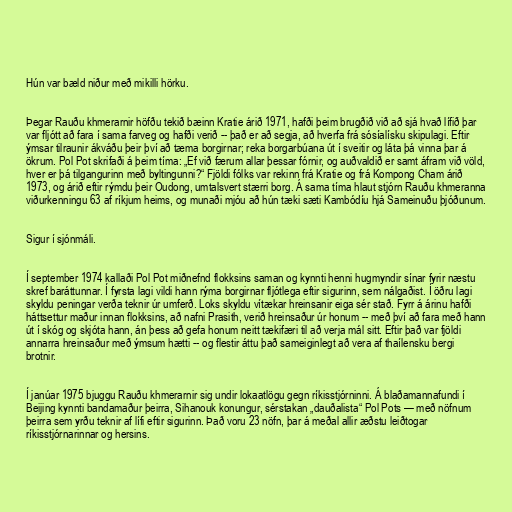
Hún var bæld niður með mikilli hörku.

Þegar Rauðu khmerarnir höfðu tekið bæinn Kratie árið 1971, hafði þeim brugðið við að sjá hvað lífið þar
var fljótt að fara í sama farveg og hafði verið -- það er að segja, að hverfa frá sósíalísku skipulagi. Eftir
ýmsar tilraunir ákváðu þeir því að tæma borgirnar; reka borgarbúana út í sveitir og láta þá vinna þar á
ökrum. Pol Pot skrifaði á þeim tíma: „Ef við færum allar þessar fórnir, og auðvaldið er samt áfram við völd,
hver er þá tilgangurinn með byltingunni?“ Fjöldi fólks var rekinn frá Kratie og frá Kompong Cham árið
1973, og árið eftir rýmdu þeir Oudong, umtalsvert stærri borg. Á sama tíma hlaut stjórn Rauðu khmeranna
viðurkenningu 63 af ríkjum heims, og munaði mjóu að hún tæki sæti Kambódíu hjá Sameinuðu þjóðunum.

Sigur í sjónmáli.

Í september 1974 kallaði Pol Pot miðnefnd flokksins saman og kynnti henni hugmyndir sínar fyrir næstu
skref baráttunnar. Í fyrsta lagi vildi hann rýma borgirnar fljótlega eftir sigurinn, sem nálgaðist. Í öðru lagi
skyldu peningar verða teknir úr umferð. Loks skyldu vítækar hreinsanir eiga sér stað. Fyrr á árinu hafði
háttsettur maður innan flokksins, að nafni Prasith, verið hreinsaður úr honum -- með því að fara með hann
út í skóg og skjóta hann, án þess að gefa honum neitt tækifæri til að verja mál sitt. Eftir það var fjöldi
annarra hreinsaður með ýmsum hætti -- og flestir áttu það sameiginlegt að vera af thaílensku bergi
brotnir.

Í janúar 1975 bjuggu Rauðu khmerarnir sig undir lokaatlögu gegn ríkisstjórninni. Á blaðamannafundi í
Beijing kynnti bandamaður þeirra, Sihanouk konungur, sérstakan „dauðalista“ Pol Pots — með nöfnum
þeirra sem yrðu teknir af lífi eftir sigurinn. Það voru 23 nöfn, þar á meðal allir æðstu leiðtogar
ríkisstjórnarinnar og hersins.